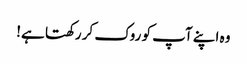
وہ اپنے آپ کو روک کر رکھتا ہے!